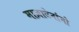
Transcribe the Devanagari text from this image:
माज़ाटेनांगो